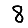
Digit: 8